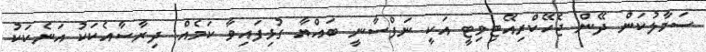
ސަމާލުކަން ދޭން ޖެހޭކްރިއޭޓިވިޓީ އަކީ ނަފްސާނީ ބައްޔާ ގުޅިފައިވާ ކަމެއް: ދިރާސާއެކަކު އަނެކަކު